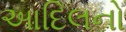
આદિલનો